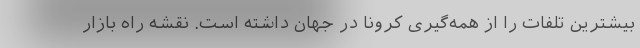
بیشترین تلفات را از همه‌گیری کرونا در جهان داشته است. نقشه راه بازار